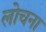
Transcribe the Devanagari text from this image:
लोचना